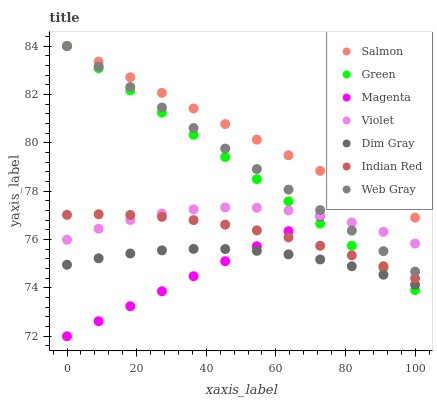
| xaxis_label | Salmon | Green | Magenta | Violet | Dim Gray | Indian Red | Web Gray |
 | --- | --- | --- | --- | --- | --- | --- | --- |
 | 0 | 84 | 84 | 72 | 76 | 75 | 77 | 84 |
 | 9.09 | 83.4 | 83.1 | 72.6 | 76.4 | 75.2 | 77 | 83.2 |
 | 18.2 | 82.7 | 82.2 | 73.2 | 76.8 | 75.4 | 77 | 82.3 |
 | 27.3 | 82.1 | 81.2 | 73.9 | 77.1 | 75.6 | 76.9 | 81.5 |
 | 36.4 | 81.4 | 80.3 | 74.5 | 77.2 | 75.6 | 76.8 | 80.6 |
 | 45.5 | 80.8 | 79.4 | 75.1 | 77.3 | 75.6 | 76.6 | 79.8 |
 | 54.5 | 80.1 | 78.5 | 75.7 | 77.3 | 75.5 | 76.4 | 78.9 |
 | 63.6 | 79.5 | 77.6 | 76.3 | 77.2 | 75.4 | 76.1 | 78.1 |
 | 72.7 | 78.8 | 76.7 | 77 | 77 | 75.2 | 75.7 | 77.2 |
 | 81.8 | 78.2 | 75.7 | 77.6 | 76.7 | 74.9 | 75.3 | 76.4 |
 | 90.9 | 77.5 | 74.8 | 78.2 | 76.3 | 74.5 | 74.9 | 75.5 |
 | 100 | 76.9 | 73.9 | 78.8 | 75.8 | 74.1 | 74.4 | 74.7 |